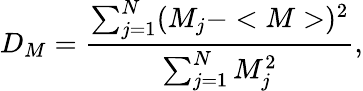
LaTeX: D_{M}=\frac{\sum_{j=1}^{N}(M_{j}-<M>)^{2}}{\sum_{j=1}^{N}M_{j}^{2}},